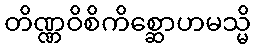
တိဏ္ဏဝိစိကိစ္ဆောဟမသ္မိ